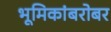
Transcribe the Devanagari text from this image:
भूमिकांबरोबर